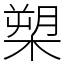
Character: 槊